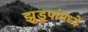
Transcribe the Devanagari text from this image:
झुडुपांमध्ये